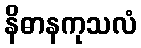
နိဓာနကုသလံ